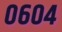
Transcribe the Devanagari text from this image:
०६०४